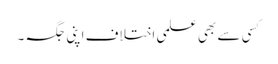
کسی سے بھی علمی اختلاف اپنی جگہ ۔